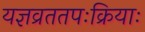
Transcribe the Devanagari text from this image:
यज्ञव्रततपःक्रियाः